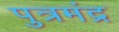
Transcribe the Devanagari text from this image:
पुत्रमंद्र